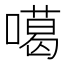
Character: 噶